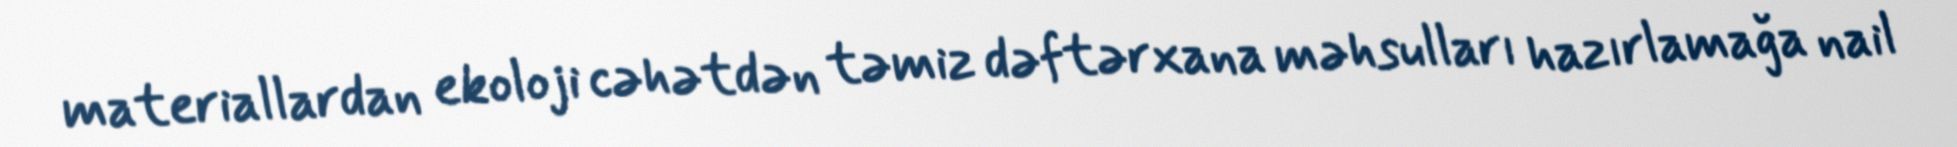
materiallardan ekoloji cəhətdən təmiz dəftərxana məhsulları hazırlamağa nail